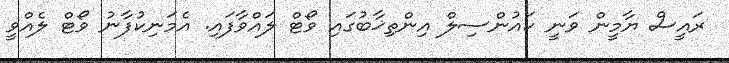
ރައީސް ޔާމީން ވަނީ ކައުންސިލް އިންތިޚާބުގައި ވޯޓް ލައްވާފައި. އެމަނިކުފާނު ވޯޓް ލެއްވީ